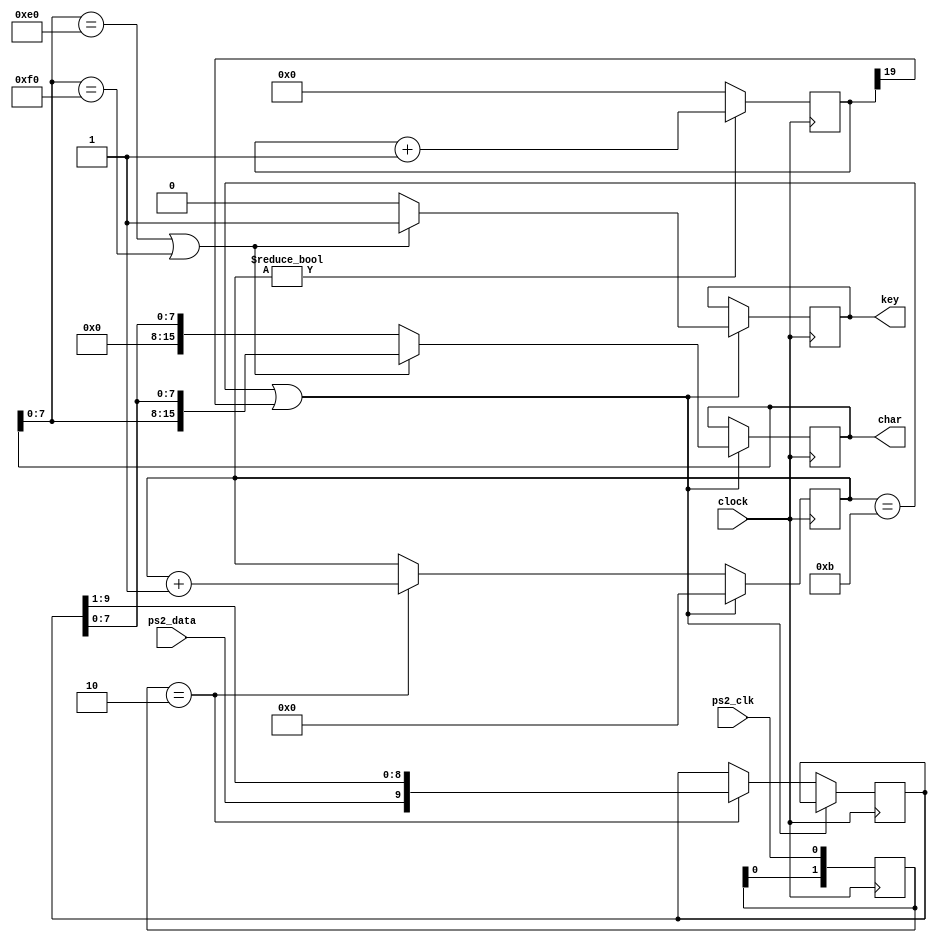
module keyboard(clock, ps2_clk, ps2_data, char, key);
input clock;
input ps2_data;
input ps2_clk;
output [15:0]char;
output key;
reg [15:0]char;
reg key;
reg [9:0] bits = 0;
reg [3:0] count = 0;
reg [1:0] ps2_clk_prev2 = 2'b11;
reg [19:0] timeout = 0;
always @(posedge clock)
ps2_clk_prev2 <= {ps2_clk_prev2[0], ps2_clk};
always @(posedge clock)
begin
if((count == 11) || (timeout[19] == 1))
begin
count <= 0;
//check for key up code or extended key code (E0)
//extract the corresponding key scan code
if((char[7:0] == 8'hE0) || (char[7:0] == 8'hF0))
begin
key <= 1;
char[15:0] <= {char[7:0], bits[7:0]};
end
else
begin
key <= 0;
char[15:0] <= {8'b0, bits[7:0]};
end
end
else
begin
if(ps2_clk_prev2 == 2'b10)
begin
count <= count + 1;
bits <= {ps2_data, bits[9:1]};
end
end
end
always @(posedge clock)
timeout <= (count != 0) ? timeout + 1 : 0;
endmodule //end keyboard